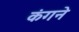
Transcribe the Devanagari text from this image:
कंगने